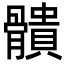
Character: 䯣